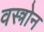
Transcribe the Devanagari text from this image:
वस्त्रोन